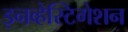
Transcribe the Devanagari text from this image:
इनव्हेस्टिगेशन